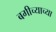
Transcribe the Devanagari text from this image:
बगीच्याच्या